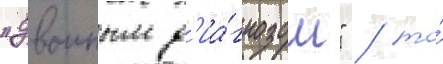
"двоиным д'иа́гнозом" / то́